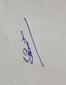
Signature authenticity: genuine